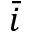
\bar { i }